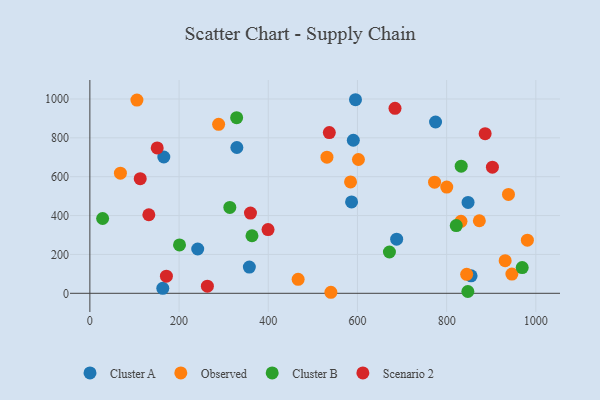
{"axis": {"x": "Study Hours", "y": "Rating"}, "legend": ["Cluster A", "Cluster B", "Observed", "Scenario 2"], "data": [{"x": "775.1", "y": 881.6, "type": "Cluster A"}, {"x": "329.6", "y": 750.4, "type": "Cluster A"}, {"x": "586.8", "y": 470.2, "type": "Cluster A"}, {"x": "357.6", "y": 134.9, "type": "Cluster A"}, {"x": "848.0", "y": 467.6, "type": "Cluster A"}, {"x": "163.5", "y": 25.6, "type": "Cluster A"}, {"x": "687.9", "y": 278.5, "type": "Cluster A"}, {"x": "165.8", "y": 701.5, "type": "Cluster A"}, {"x": "241.8", "y": 228.1, "type": "Cluster A"}, {"x": "854.8", "y": 89.7, "type": "Cluster A"}, {"x": "595.6", "y": 996.2, "type": "Cluster A"}, {"x": "590.7", "y": 787.7, "type": "Cluster A"}, {"x": "772.9", "y": 571.8, "type": "Observed"}, {"x": "68.5", "y": 618.1, "type": "Observed"}, {"x": "946.3", "y": 99.0, "type": "Observed"}, {"x": "873.3", "y": 373.5, "type": "Observed"}, {"x": "938.6", "y": 509.1, "type": "Observed"}, {"x": "584.5", "y": 573.4, "type": "Observed"}, {"x": "602.2", "y": 688.5, "type": "Observed"}, {"x": "540.4", "y": 5.3, "type": "Observed"}, {"x": "844.9", "y": 97.9, "type": "Observed"}, {"x": "931.2", "y": 168.0, "type": "Observed"}, {"x": "800.2", "y": 546.6, "type": "Observed"}, {"x": "832.1", "y": 370.5, "type": "Observed"}, {"x": "531.6", "y": 700.6, "type": "Observed"}, {"x": "981.0", "y": 273.6, "type": "Observed"}, {"x": "105.5", "y": 994.6, "type": "Observed"}, {"x": "467.0", "y": 72.2, "type": "Observed"}, {"x": "288.7", "y": 869.6, "type": "Observed"}, {"x": "363.5", "y": 296.2, "type": "Cluster B"}, {"x": "821.5", "y": 348.7, "type": "Cluster B"}, {"x": "28.6", "y": 385.0, "type": "Cluster B"}, {"x": "671.7", "y": 212.5, "type": "Cluster B"}, {"x": "847.5", "y": 9.3, "type": "Cluster B"}, {"x": "969.4", "y": 132.6, "type": "Cluster B"}, {"x": "201.0", "y": 249.1, "type": "Cluster B"}, {"x": "313.8", "y": 441.9, "type": "Cluster B"}, {"x": "832.6", "y": 654.3, "type": "Cluster B"}, {"x": "329.1", "y": 903.9, "type": "Cluster B"}, {"x": "886.3", "y": 821.3, "type": "Scenario 2"}, {"x": "263.5", "y": 36.9, "type": "Scenario 2"}, {"x": "132.2", "y": 404.2, "type": "Scenario 2"}, {"x": "536.9", "y": 827.0, "type": "Scenario 2"}, {"x": "902.6", "y": 648.9, "type": "Scenario 2"}, {"x": "112.9", "y": 589.8, "type": "Scenario 2"}, {"x": "151.0", "y": 748.1, "type": "Scenario 2"}, {"x": "360.1", "y": 412.7, "type": "Scenario 2"}, {"x": "171.6", "y": 88.4, "type": "Scenario 2"}, {"x": "684.2", "y": 951.9, "type": "Scenario 2"}, {"x": "399.5", "y": 327.8, "type": "Scenario 2"}]}